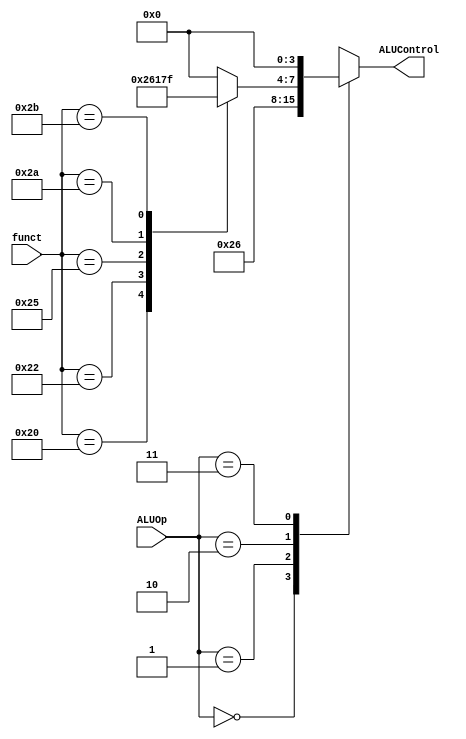
`timescale 1ns / 1ps
module ALU_Control(
input[1:0] ALUOp, 
input[5:0] funct, 
output reg [3:0] ALUControl
);
    always @(*) begin
        case(ALUOp)
            2'b00: ALUControl = 4'b0010; 
            2'b01: ALUControl = 4'b0110; 
            2'b10: begin
                case(funct)
                    6'b100000: ALUControl = 4'b0010; // Add for R-type
                    6'b100010: ALUControl = 4'b0110; // Subtract for R-type
                    6'b100100: ALUControl = 4'b0000; // AND for R-type
                    6'b100101: ALUControl = 4'b0001; // OR for R-type
                    6'b101010: ALUControl = 4'b0111; // Set Less Than for R-type
                    6'b101011: ALUControl = 4'b1111; // Set Less Than Unsigned for R-type
                    default: ALUControl = 4'b0000;   // Default operation
                endcase
            end
            2'b11: ALUControl = 4'b0000; // default operation
        endcase
    end
endmodule